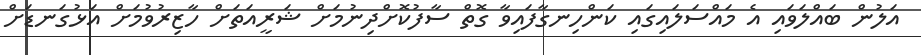
އަލުން ބައްލަވައި އެ މައްސަލައިގައި ކަންހިނގާފައިވާ ގޮތް ސާފުކޮށްދިނުމަށް ޝަރީއަތަށް ހާޒިރުވުމަށް އަޅުގަނޑަށް